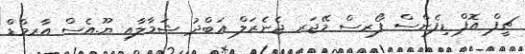
ޗީފް އޮފް ޑިފެންސް ފޯރސް މޭޖަރ ޖެނެރަލް ޢަބްދު ޝަމާލާއި ޔޫ.އެސް އާރމްޑް